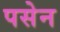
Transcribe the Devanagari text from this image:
पसेन